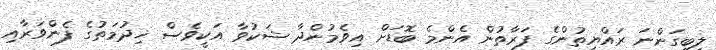
ލިބިގަންނަ ރައްޔިތުންގެ ފަރާތުން އެންމެ ބޮޑަށް އިވެމުންދާ ޝަކުވާ އަކީވެސް ޚިދުމަތުގެ ފެންވަރާއި